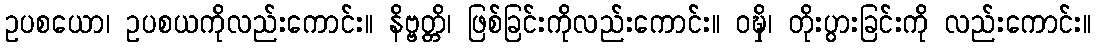
ဥပစယော၊ ဥပစယကိုလည်းကောင်း။ နိဗ္ဗတ္တိ၊ ဖြစ်ခြင်းကိုလည်းကောင်း။ ဝဍ္ဎှိ၊ တိုးပွားခြင်းကို လည်းကောင်း။